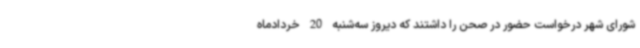
شورای شهر درخواست حضور در صحن را داشتند که دیروز سه‌شنبه 20 خردادماه